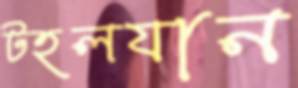
টহলযান